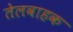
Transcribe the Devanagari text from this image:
तेलवाहक